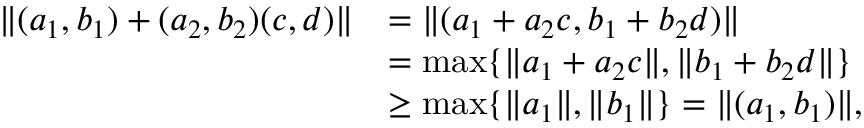
\begin{array} { r l } { \| ( a _ { 1 } , b _ { 1 } ) + ( a _ { 2 } , b _ { 2 } ) ( c , d ) \| } & { = \| ( a _ { 1 } + a _ { 2 } c , b _ { 1 } + b _ { 2 } d ) \| } \\ & { = \operatorname* { m a x } \{ \| a _ { 1 } + a _ { 2 } c \| , \| b _ { 1 } + b _ { 2 } d \| \} } \\ & { \geq \operatorname* { m a x } \{ \| a _ { 1 } \| , \| b _ { 1 } \| \} = \| ( a _ { 1 } , b _ { 1 } ) \| , } \end{array}